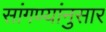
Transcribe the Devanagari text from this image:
सांगण्यांनुसार